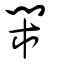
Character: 鬧